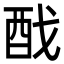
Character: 䣬